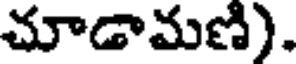
చూడామణి).